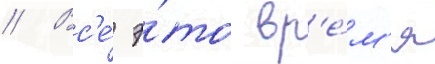
// Вс'е́ э́то вр'е́м'я